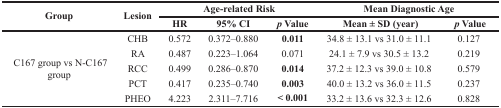
<table><thead><tr><td rowspan="2"><b>Group</b></td><td rowspan="2"><b>Lesion</b></td><td colspan="3"><b>Age-related Risk</b></td><td colspan="2"><b>Mean Diagnostic Age</b></td></tr><tr><td><b>HR</b></td><td><b>95% CI</b></td><td><b><i>p</i> Value</b></td><td><b>Mean ± SD (year)</b></td><td><b><i>p</i> Value</b></td></tr></thead><tbody><tr><td rowspan="5">C167 group vs N-C167 group</td><td>CHB</td><td>0.572</td><td>0.372–0.880</td><td><b>0.011</b></td><td>34.8 ± 13.1 vs 31.0 ± 11.1</td><td>0.127</td></tr><tr><td>RA</td><td>0.487</td><td>0.223–1.064</td><td>0.071</td><td>24.1 ± 7.9 vs 30.5 ± 13.2</td><td>0.219</td></tr><tr><td>RCC</td><td>0.499</td><td>0.286–0.870</td><td><b>0.014</b></td><td>37.2 ± 12.3 vs 39.0 ± 10.8</td><td>0.579</td></tr><tr><td>PCT</td><td>0.417</td><td>0.235–0.740</td><td><b>0.003</b></td><td>40.0 ± 13.2 vs 36.0 ± 11.5</td><td>0.237</td></tr><tr><td>PHEO</td><td>4.223</td><td>2.311–7.716</td><td><b>&lt; 0.001</b></td><td>33.2 ± 13.6 vs 32.3 ± 12.6</td><td>0.828</td></tr></tbody></table>